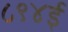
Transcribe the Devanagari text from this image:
८९४ई